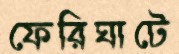
ফেরিঘাটে